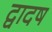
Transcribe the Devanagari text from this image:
द्वादष